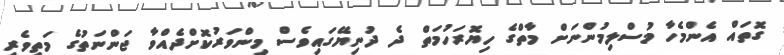
ގޮތައް އެންމެހާ މުސްލިމުންނަށް މާތްގެ ހިޔޮރަހުމަތް ދެ ދުނިޔޭގައިވެސް މިންވަރުކޮށްދެއްވާ ޖަންނަތުގެ މަތިވެރި